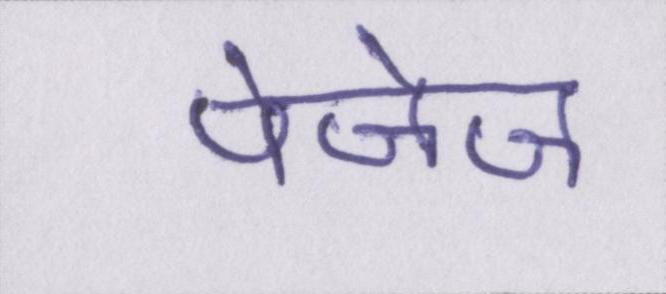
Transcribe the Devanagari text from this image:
पेजेज